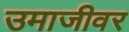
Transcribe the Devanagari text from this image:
उमाजीवर